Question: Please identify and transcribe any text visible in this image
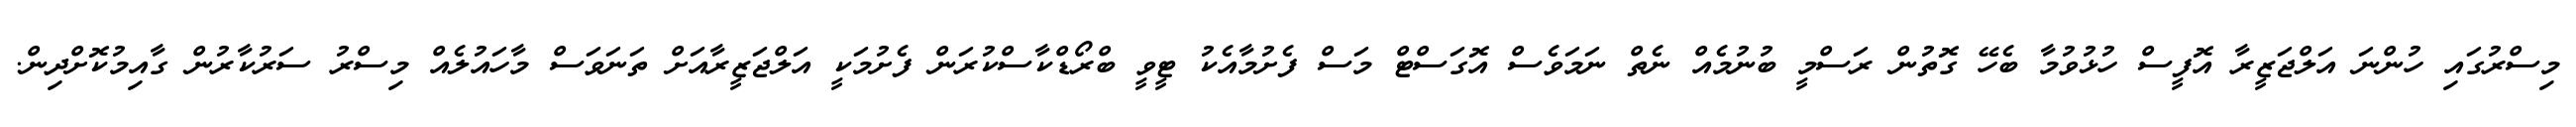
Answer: މިސްރުގައި ހުންނަ އަލްޖަޒީރާ އޮފީސް ހުޅުވުމާ ބެހޭ ގޮތުން ރަސްމީ ބުނުމެއް ނެތް ނަމަވެސް އޮގަސްޓް މަސް ފެށުމާއެކު ޓީވީ ބްރޯޑްކާސްކުރަން ފެށުމަކީ އަލްޖަޒީރާއަށް ތަނަވަސް މާހައުލެއް މިސްރު ސަރުކާރުން ގާއިމުކޮށްދިން.